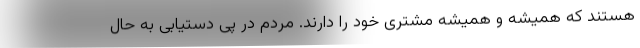
هستند که همیشه و همیشه مشتری خود را دارند. مردم در پی دستیابی به حال